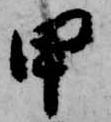
甲